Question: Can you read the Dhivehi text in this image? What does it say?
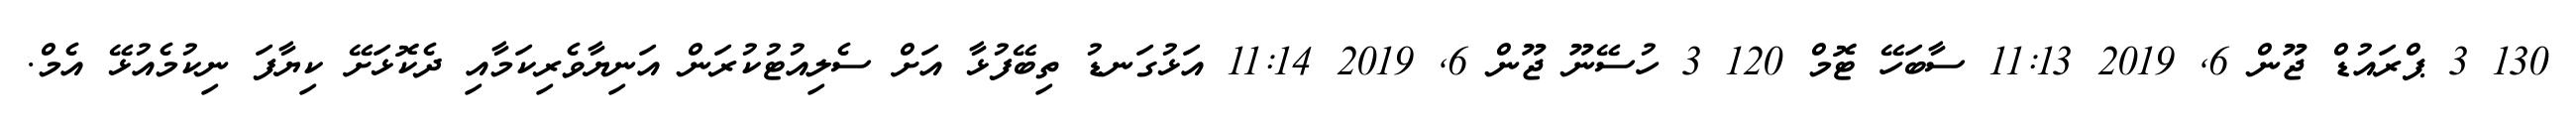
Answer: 130 3 ޕްރައުޑް ޖޫން 6, 2019 11:13 ސާބަހޭ ޓޮމް 120 3 ހުސޭނޫ ޖޫން 6, 2019 11:14 އަޅުގަނޑު ތިބޭފުޅާ އަށް ސެލިއުޓުކުރަން އަނިޔާވެރިކަމާއި ދެކޮޅަށޭ ކިޔާފަ ނިކުމެއުޅޭ އެމް.